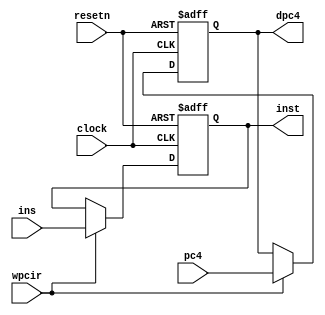
module pipeir( pc4, ins, wpcir, clock, resetn, dpc4, inst );
	input  [31:0]  pc4, ins;
	input          wpcir, clock, resetn;
	output [31:0]  dpc4, inst;
	
	reg    [31:0]  dpc4, inst;
	
	always @(posedge clock or negedge resetn)
	begin
		if (resetn == 0)  // 
		begin
			dpc4 <= 0;
			inst <= 0;  //  0sll $0,$0,0
		end
		else 
		if (wpcir != 0)
		begin
			dpc4 <= pc4;  // 
			inst <= ins;
		end
	end	
endmodule